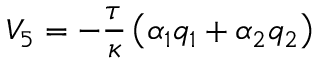
V _ { 5 } = - \frac { \tau } { \kappa } \left( \alpha _ { 1 } q _ { 1 } + \alpha _ { 2 } q _ { 2 } \right)